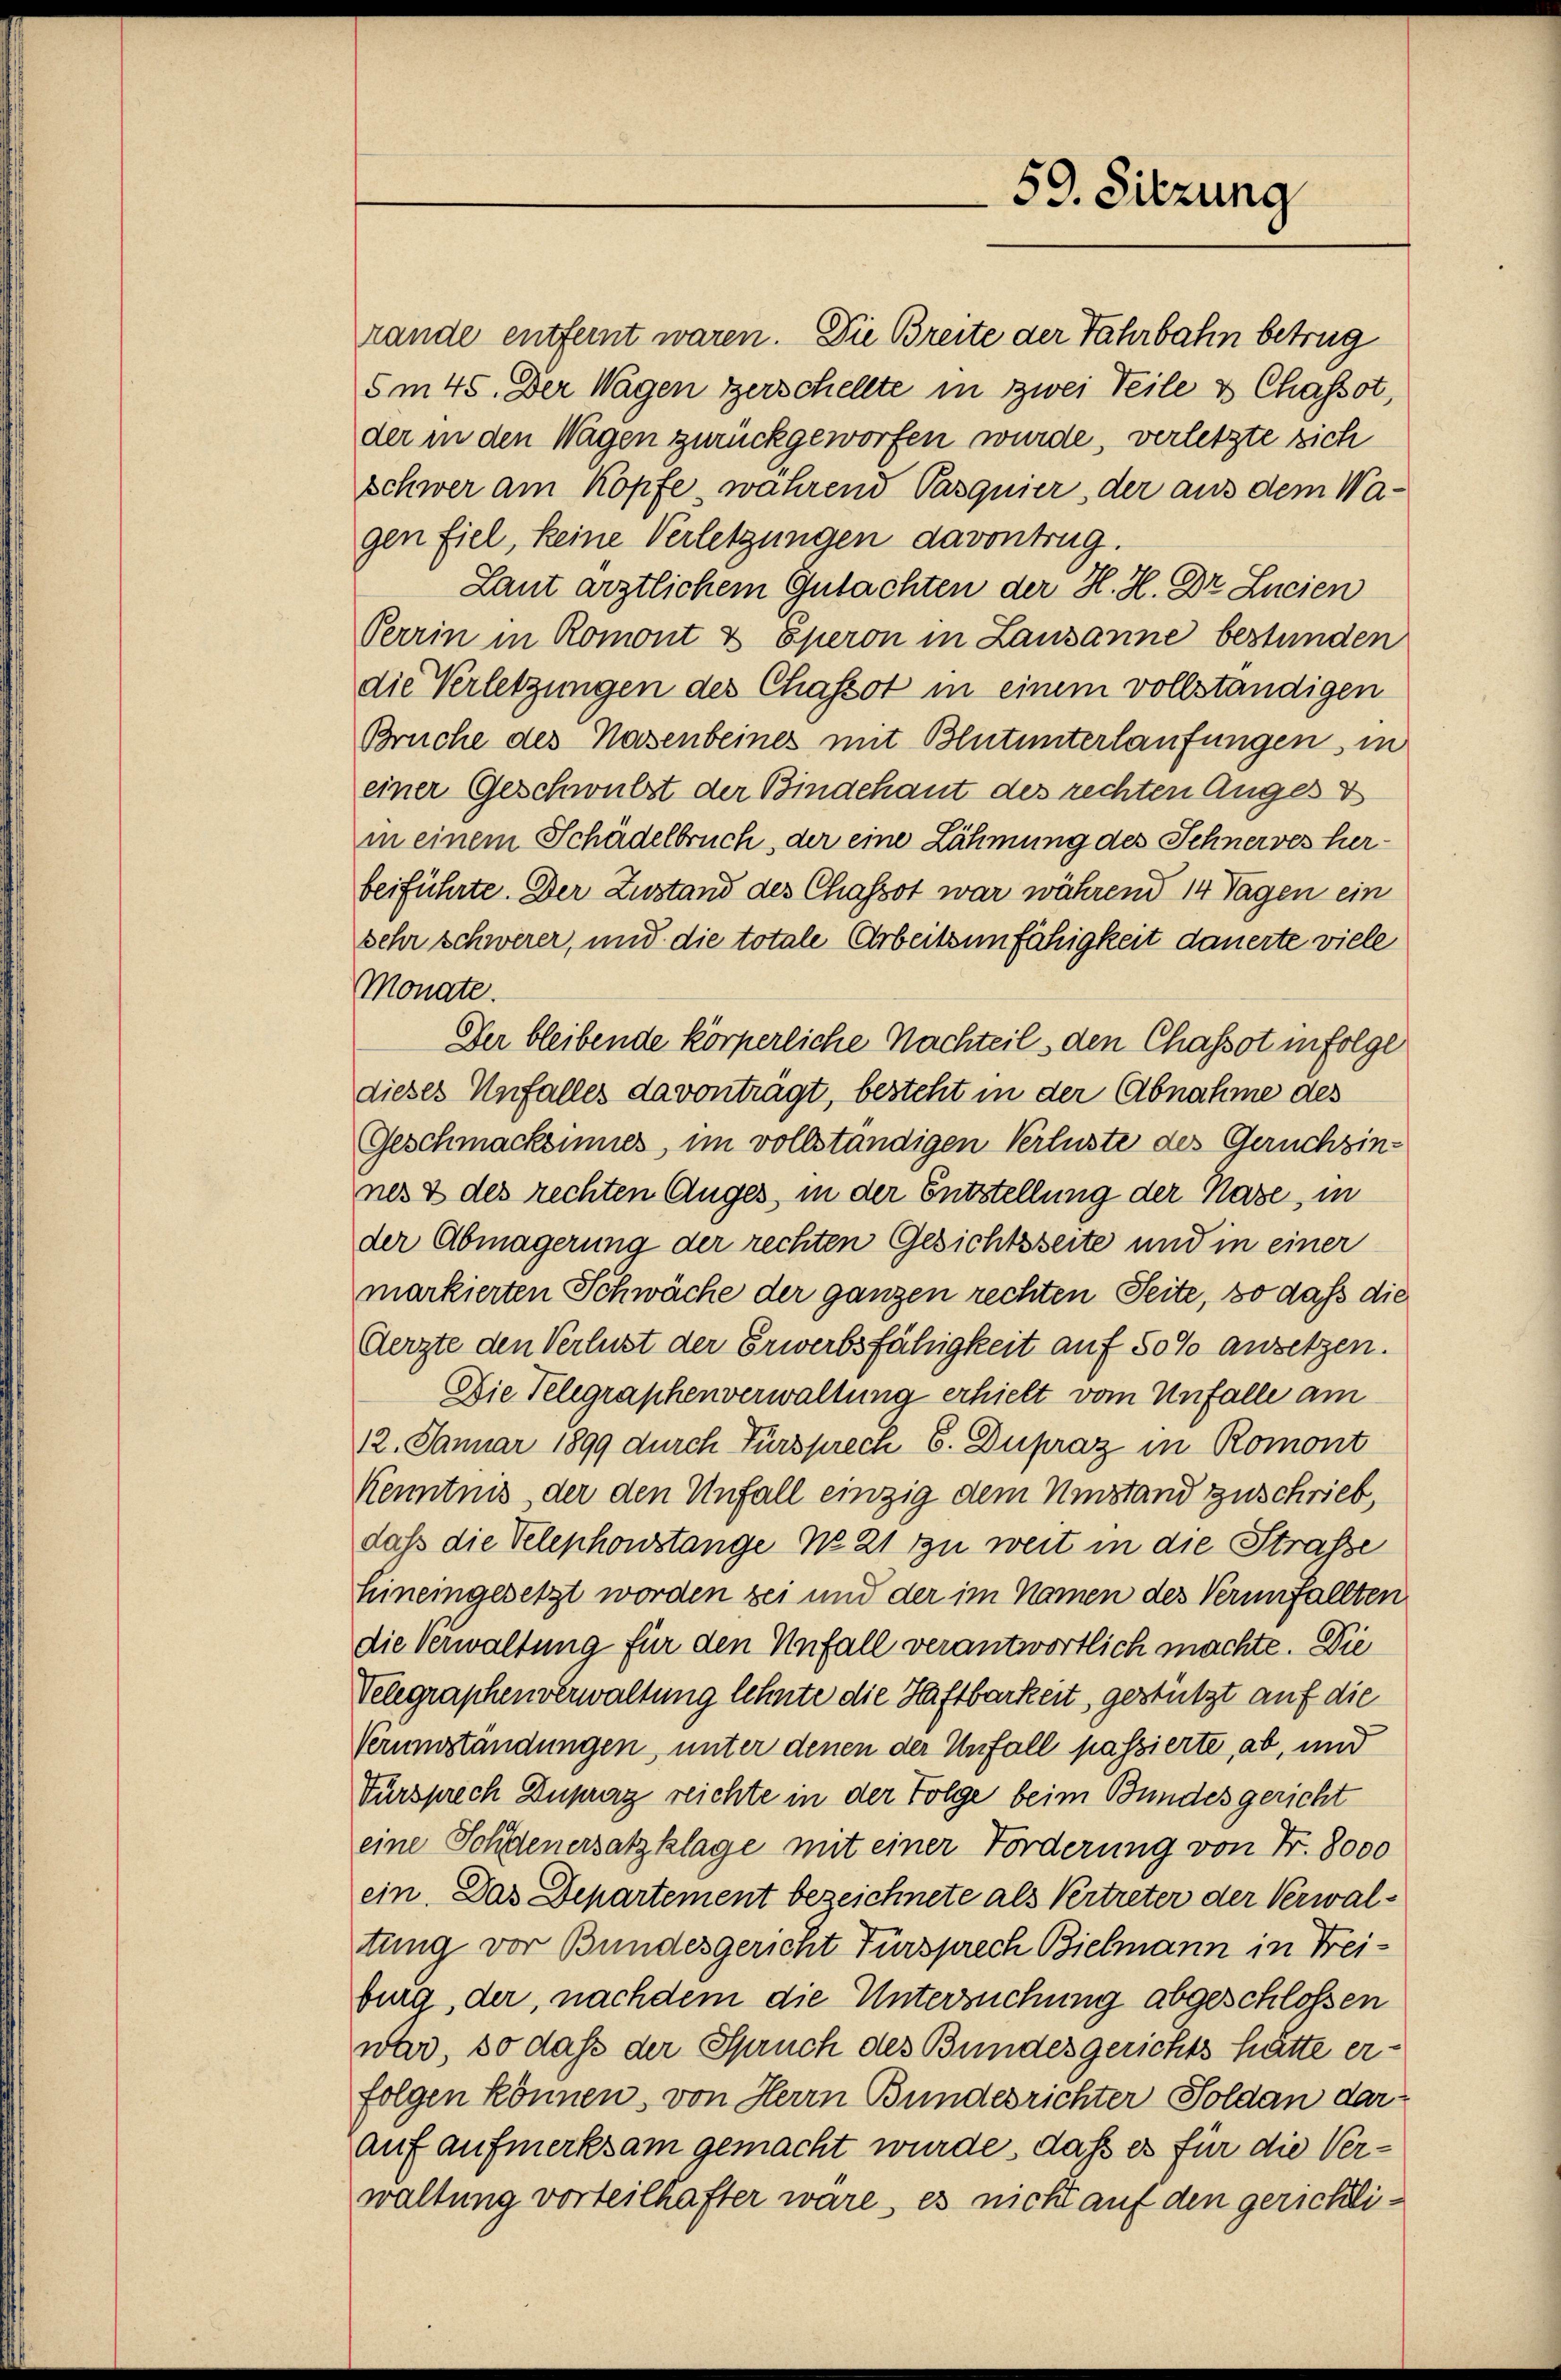
der in den Wagen zurückgeworfen wurde, verletzte sich
schwer am Kopfe wahrend Pasquier, der aus dem Wagen fiel, keine Verletzungen davontrug.
Laut ärztlichem Gutachten der H. H. Dr. Lucien
Perrin in Romont & Eperon in Lausanne bestünden
die Verletzungen des Chassot in einem vollständigen
Brüche des Nasenbeines mit Blutunterlaufungen, in
einer Geschwülst der Bindehaut des rechten Anges V
in einem Schädelbruch, der eine Lähmung des Schnerves herbeiführte. Der Zustand des Chassot war während 14 Tagen ein
sehr schwerer, und die totale Arbeitsunfähigkeit dauerte viele
Monate.
Der bleibende körperliche Nachteil, den Chassot infolge
dieses Unfalles davonträgt, besteht in der Abnahme des
Geschmacksmunes, im vollständigen Verluste des Geruchzinnes & des rechten Auges, in der Entstellung der Nase, in
der Abmagerung der rechten Gesichtsseite und in einer
markierten Schwäche der ganzen rechten Seite, so daß die
Aerzte den Verlust der Erwerbsfähigkeit auf 50% ansetzen.
Die Telegraphenverwaltung erhielt vom Unfalle am
12. Januar 1899 durch Fürsprech E. Dupraz in Romont
Kenntnis der den Unfall einzig dem Umstand zuschrieb,
daß die Velephonstange No 21 zu weit in die Strasse
hineingesetzt worden sei und der im Namen des Verunfallten
die Verwaltung für den Unfall verantwortlich machte. Die
Velegraphenverwaltung lehnte die Haftbarkeit, gestützt auf die
Verumständungen, unter denen der Unfall passierte, ab, und
Türsprech Dupraz reichte in der Folge beim Bundesgericht
eine Schdenersatzklage mit einer Forderung von Fr. 8000
ein. Das Departement bezeichnete als Vertreter der Verwaltung vor Bundesgericht Fürsprech Bielmann in Freiburg, der, nachdem die Untersuchung abgeschlossen
war, so daß der Spruch des Bundesgerichts hätte erfolgen können, von Herrn Bundesrichter Soldan darauf aufmerksam gemacht wurde, daß es für die Verwaltung vorteilhafter wäre, es nicht auf den gerichti¬

rände entfernt waren. Die Breite der Fahrbahn betrug
5m 45. Der Wagen zerschellte in zwei Teile u Chassot,

59. Sitzung